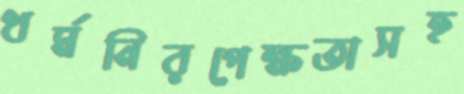
ধর্মনিরপেক্ষতাসহ